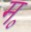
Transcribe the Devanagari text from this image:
म॰